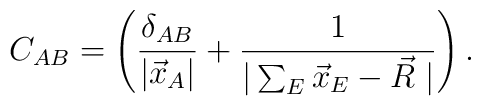
C_{AB}=\left(\frac{\delta_{AB}}{|\vec x_A|} + \frac{1}{|\sum_{E} \vec x_E - \vec R\;|}\right) .